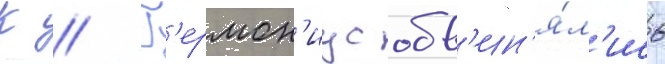
К // Г'ермон'иус обв'ин'я́л'ись